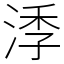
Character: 㳵